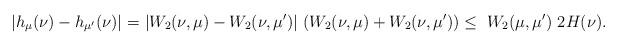
LaTeX: \begin{align*}\vert h_{\mu}(\nu)-h_{\mu'}(\nu)\vert=& \ \vert W_2(\nu,\mu)-W_2(\nu,\mu')\vert \ (W_2(\nu,\mu)+W_2(\nu,\mu')) \le \ W_2(\mu,\mu') \ 2 H(\nu).\end{align*}